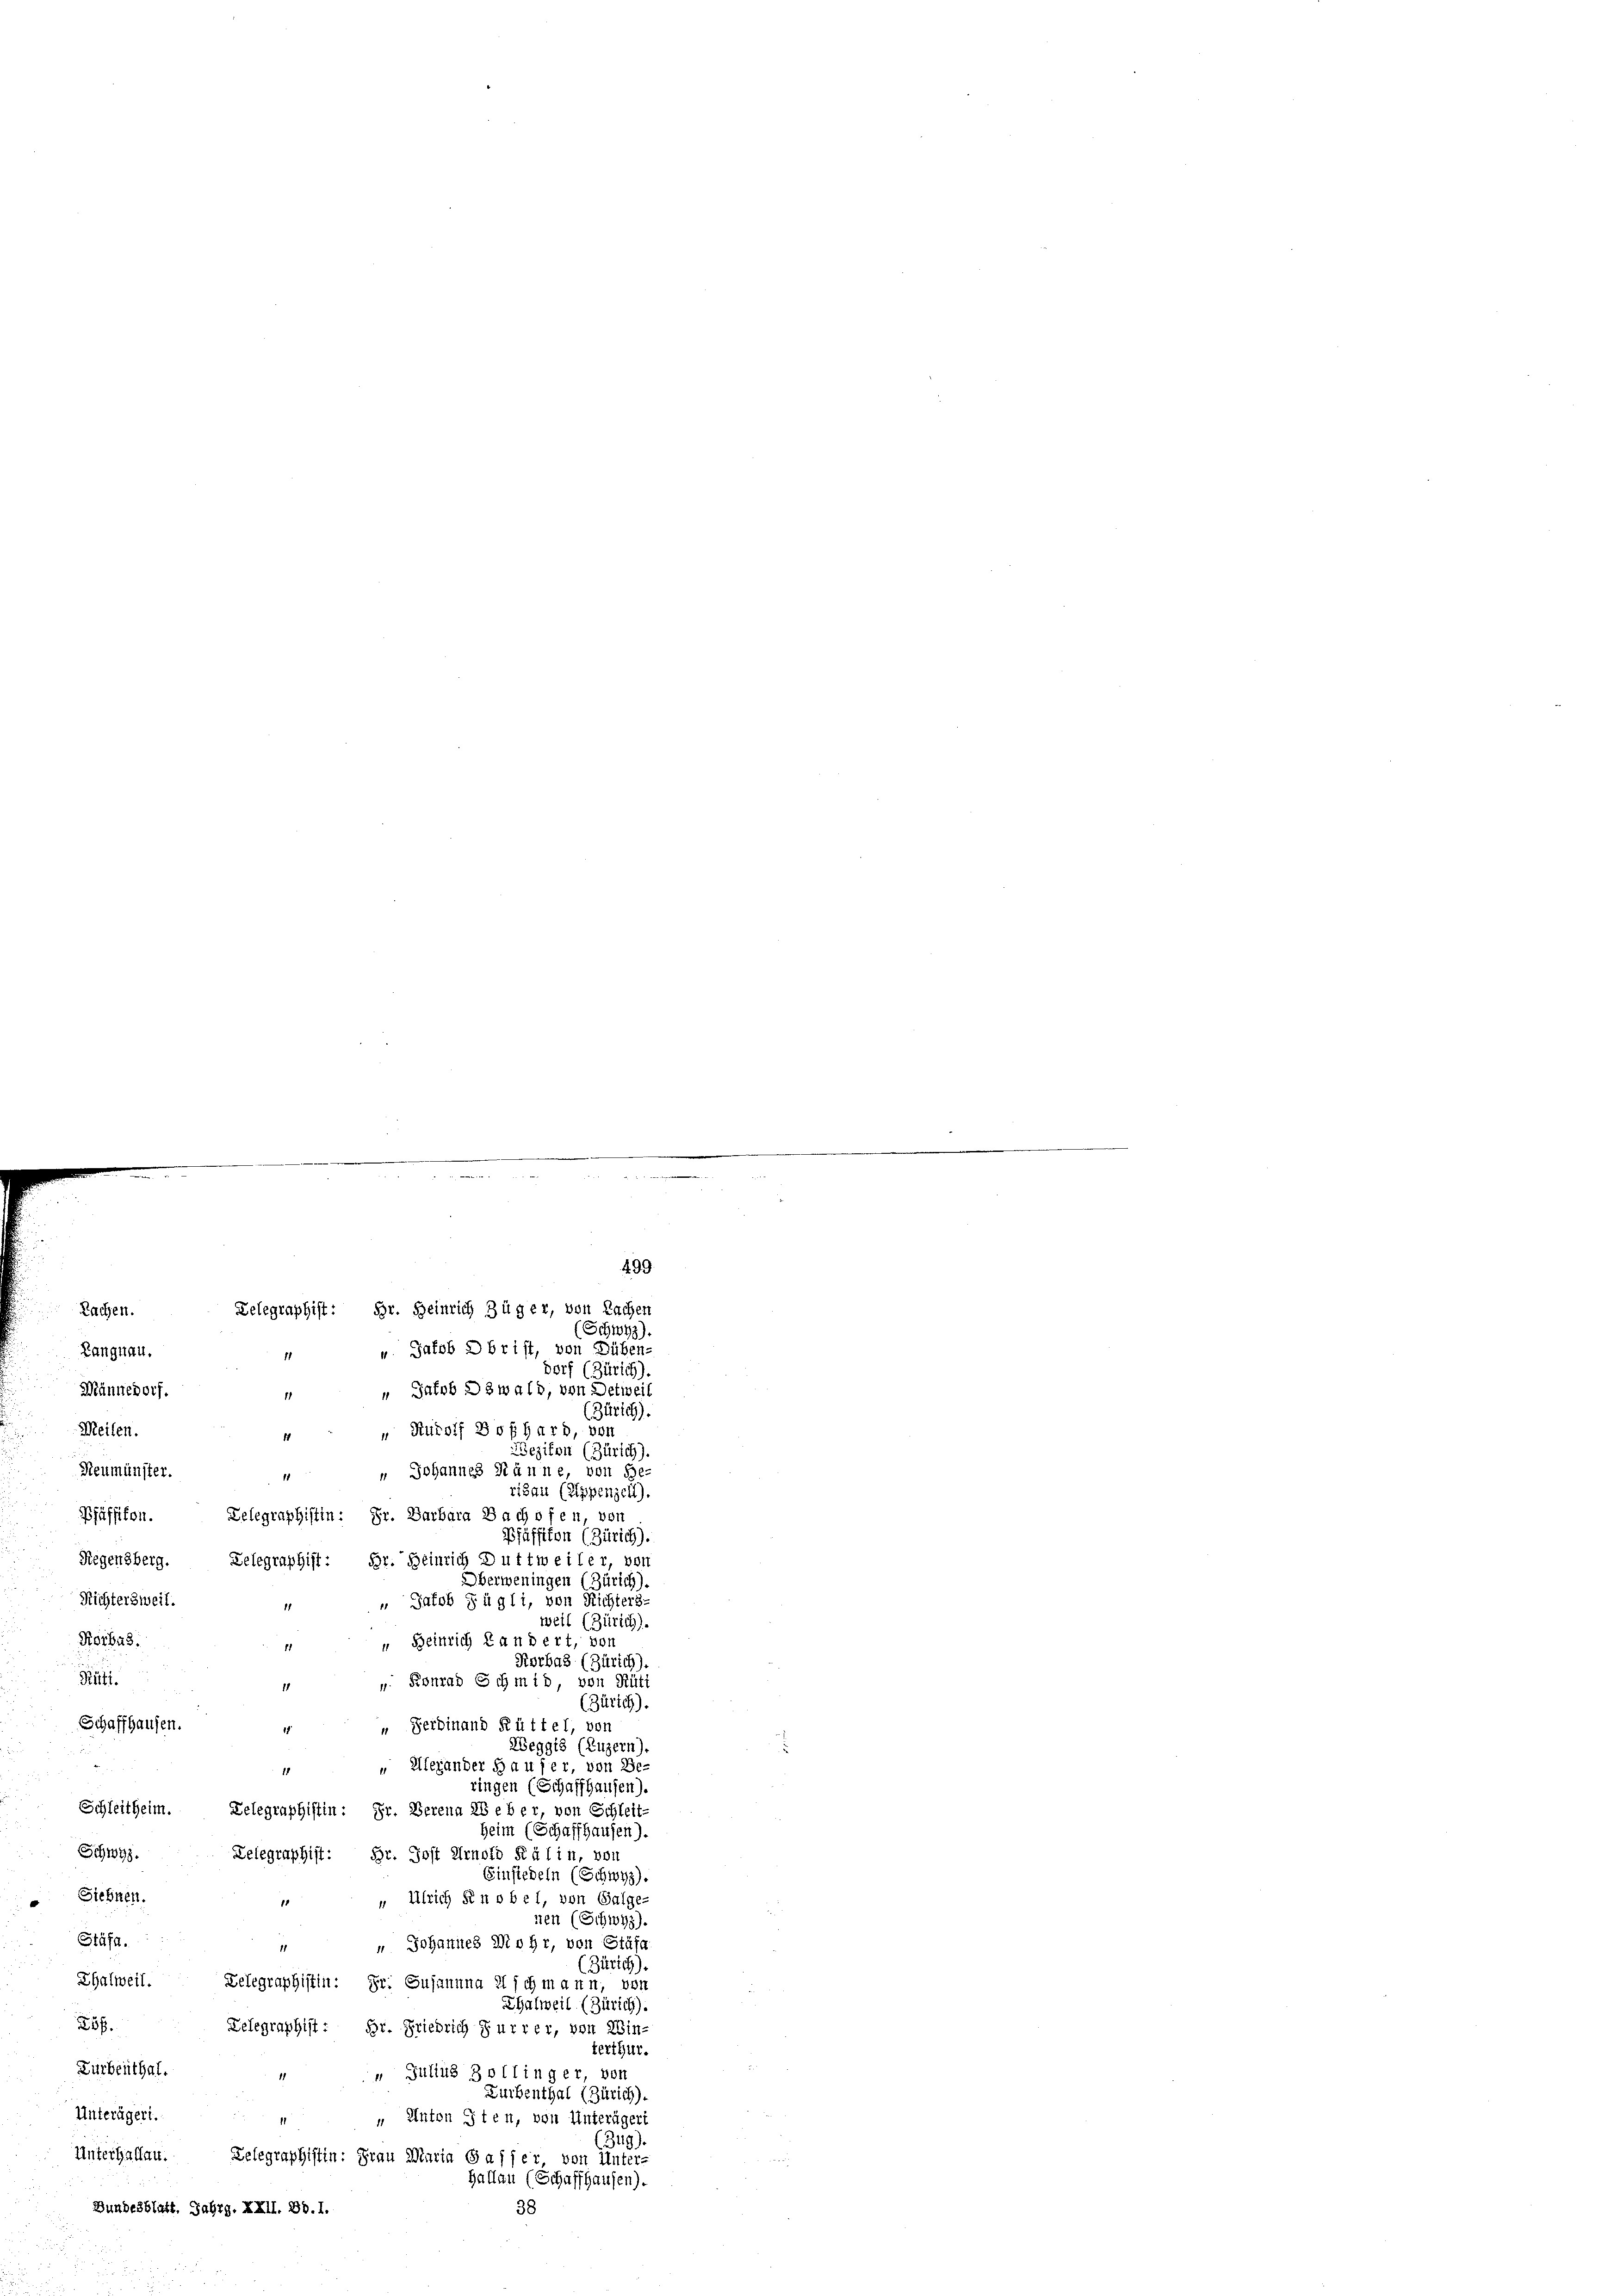
Langnau.
dorf (Zürich).
" Jacob Dzwald, von Detweil
Männedorf
(Zürich).
Rudolf Boßhard, von
Meilen.
14
ezikon (Zürich).
" Johannes Männe, von Be-
risau (Appenzell).
Telegraphistin: Fr. Barbara Bachofen, von
Pfäffikon.
Pfäffikon (Zürich).
Regensberg. Telegraphist: Hr. Heinrich Duttweiler, von
Oberweningen (Zürich).
Richtersweil.
“ Jakob Fügli, von Richters
1
weil (Zürich).
Korbas.
“ Heinrich Landert, von
Korbas (Zürich).
Rüti.
u. Konrad Schmid, von Rütt
1
(Zürich).
Schaffhausen.
 Ferdinand Rüttel, von
Weggis (Luzern).
d
 " Alexander Haufer, von Be-
ringen (Schaffhausen).
Schleitheim. Telegraphistin: Fr. Berena Beber, von Schleit-
Heim (Schaffhausen).
Schwyz.
Relegraphist: Hr. Jost Arnold Kälin, von
Einsiedeln (Schwyz)
Siebnen.
 Ulrich Knobel, von Galge-
11
nen (Schwyz)
Stäfa.
 " Johannes Mohr, von Stäfa
(Zürich)
Thalweil. Delegraphistin: Dr. Susannna il schmann, von
Thalweil (Zürich).
25f.
Telegraphist: Hr. Friedrich Furrer, von Zin-
terthur.
Zurbenthal.
 Julius Zollinger, von
11
Zurbenthal (Zürich).
Unterägert. 4
" Anton Iten, von Unterägeri
(349).
Unterhalten. Delegraphistin: Frau Maria Gasser, von Unter-
Hallau (Schaffhausen).
Bundesblatt, Jahrg. XXII. Bd. 1.
38

Rachen.

Neumünster.

499.
Gelegraphist: Hr. Heinrich Züger, von Rachen
(Schwyz).
u. Jakob Dbrist, von Düben-